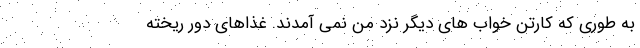
به طوری که کارتن خواب های دیگر نزد من نمی آمدند. غذاهای دور ریخته